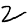
Digit: 2